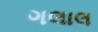
ગલાલ